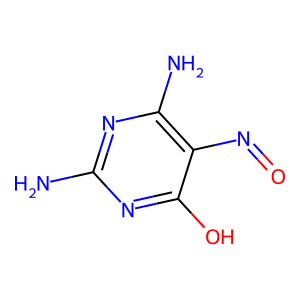
SMILES: Nc1nc(N)c(N=O)c(O)n1
Inhibits HIV replication: No